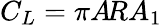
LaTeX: C_{L}=\pi A\! RA_{1}